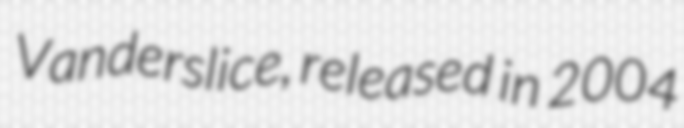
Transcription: Vanderslice, released in 2004